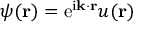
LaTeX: \psi ( \mathbf { r } ) = \mathrm { e } ^ { \mathrm { i } \mathbf { k } \cdot \mathbf { r } } u ( \mathbf { r } )